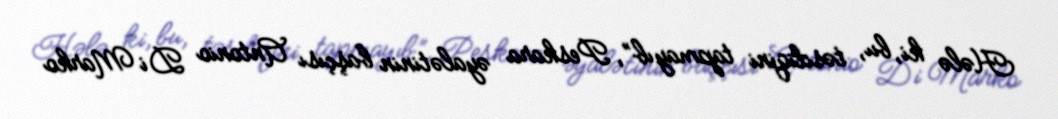
Hələ ki, bu, təsdiqini tapmayıb”, Peskara əyalətinin başçısı Antonio Di Marko